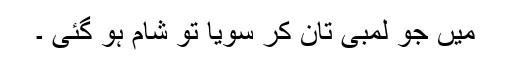
میں جو لمبی تان کر سویا تو شام ہو گئی ۔